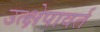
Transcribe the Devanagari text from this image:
उत्क्षेपावर्त